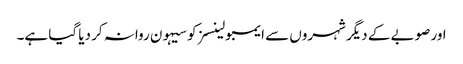
اور صوبے کے دیگر شہروں سے ایمبولینسز کو سیہون روانہ کر دیا گیا ہے۔